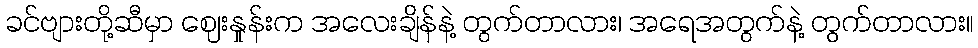
ခင်ဗျားတို့ဆီမှာ ဈေးနှုန်းက အလေးချိန်နဲ့ တွက်တာလား၊ အရေအတွက်နဲ့ တွက်တာလား။